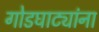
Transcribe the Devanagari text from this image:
गोडघाट्यांना